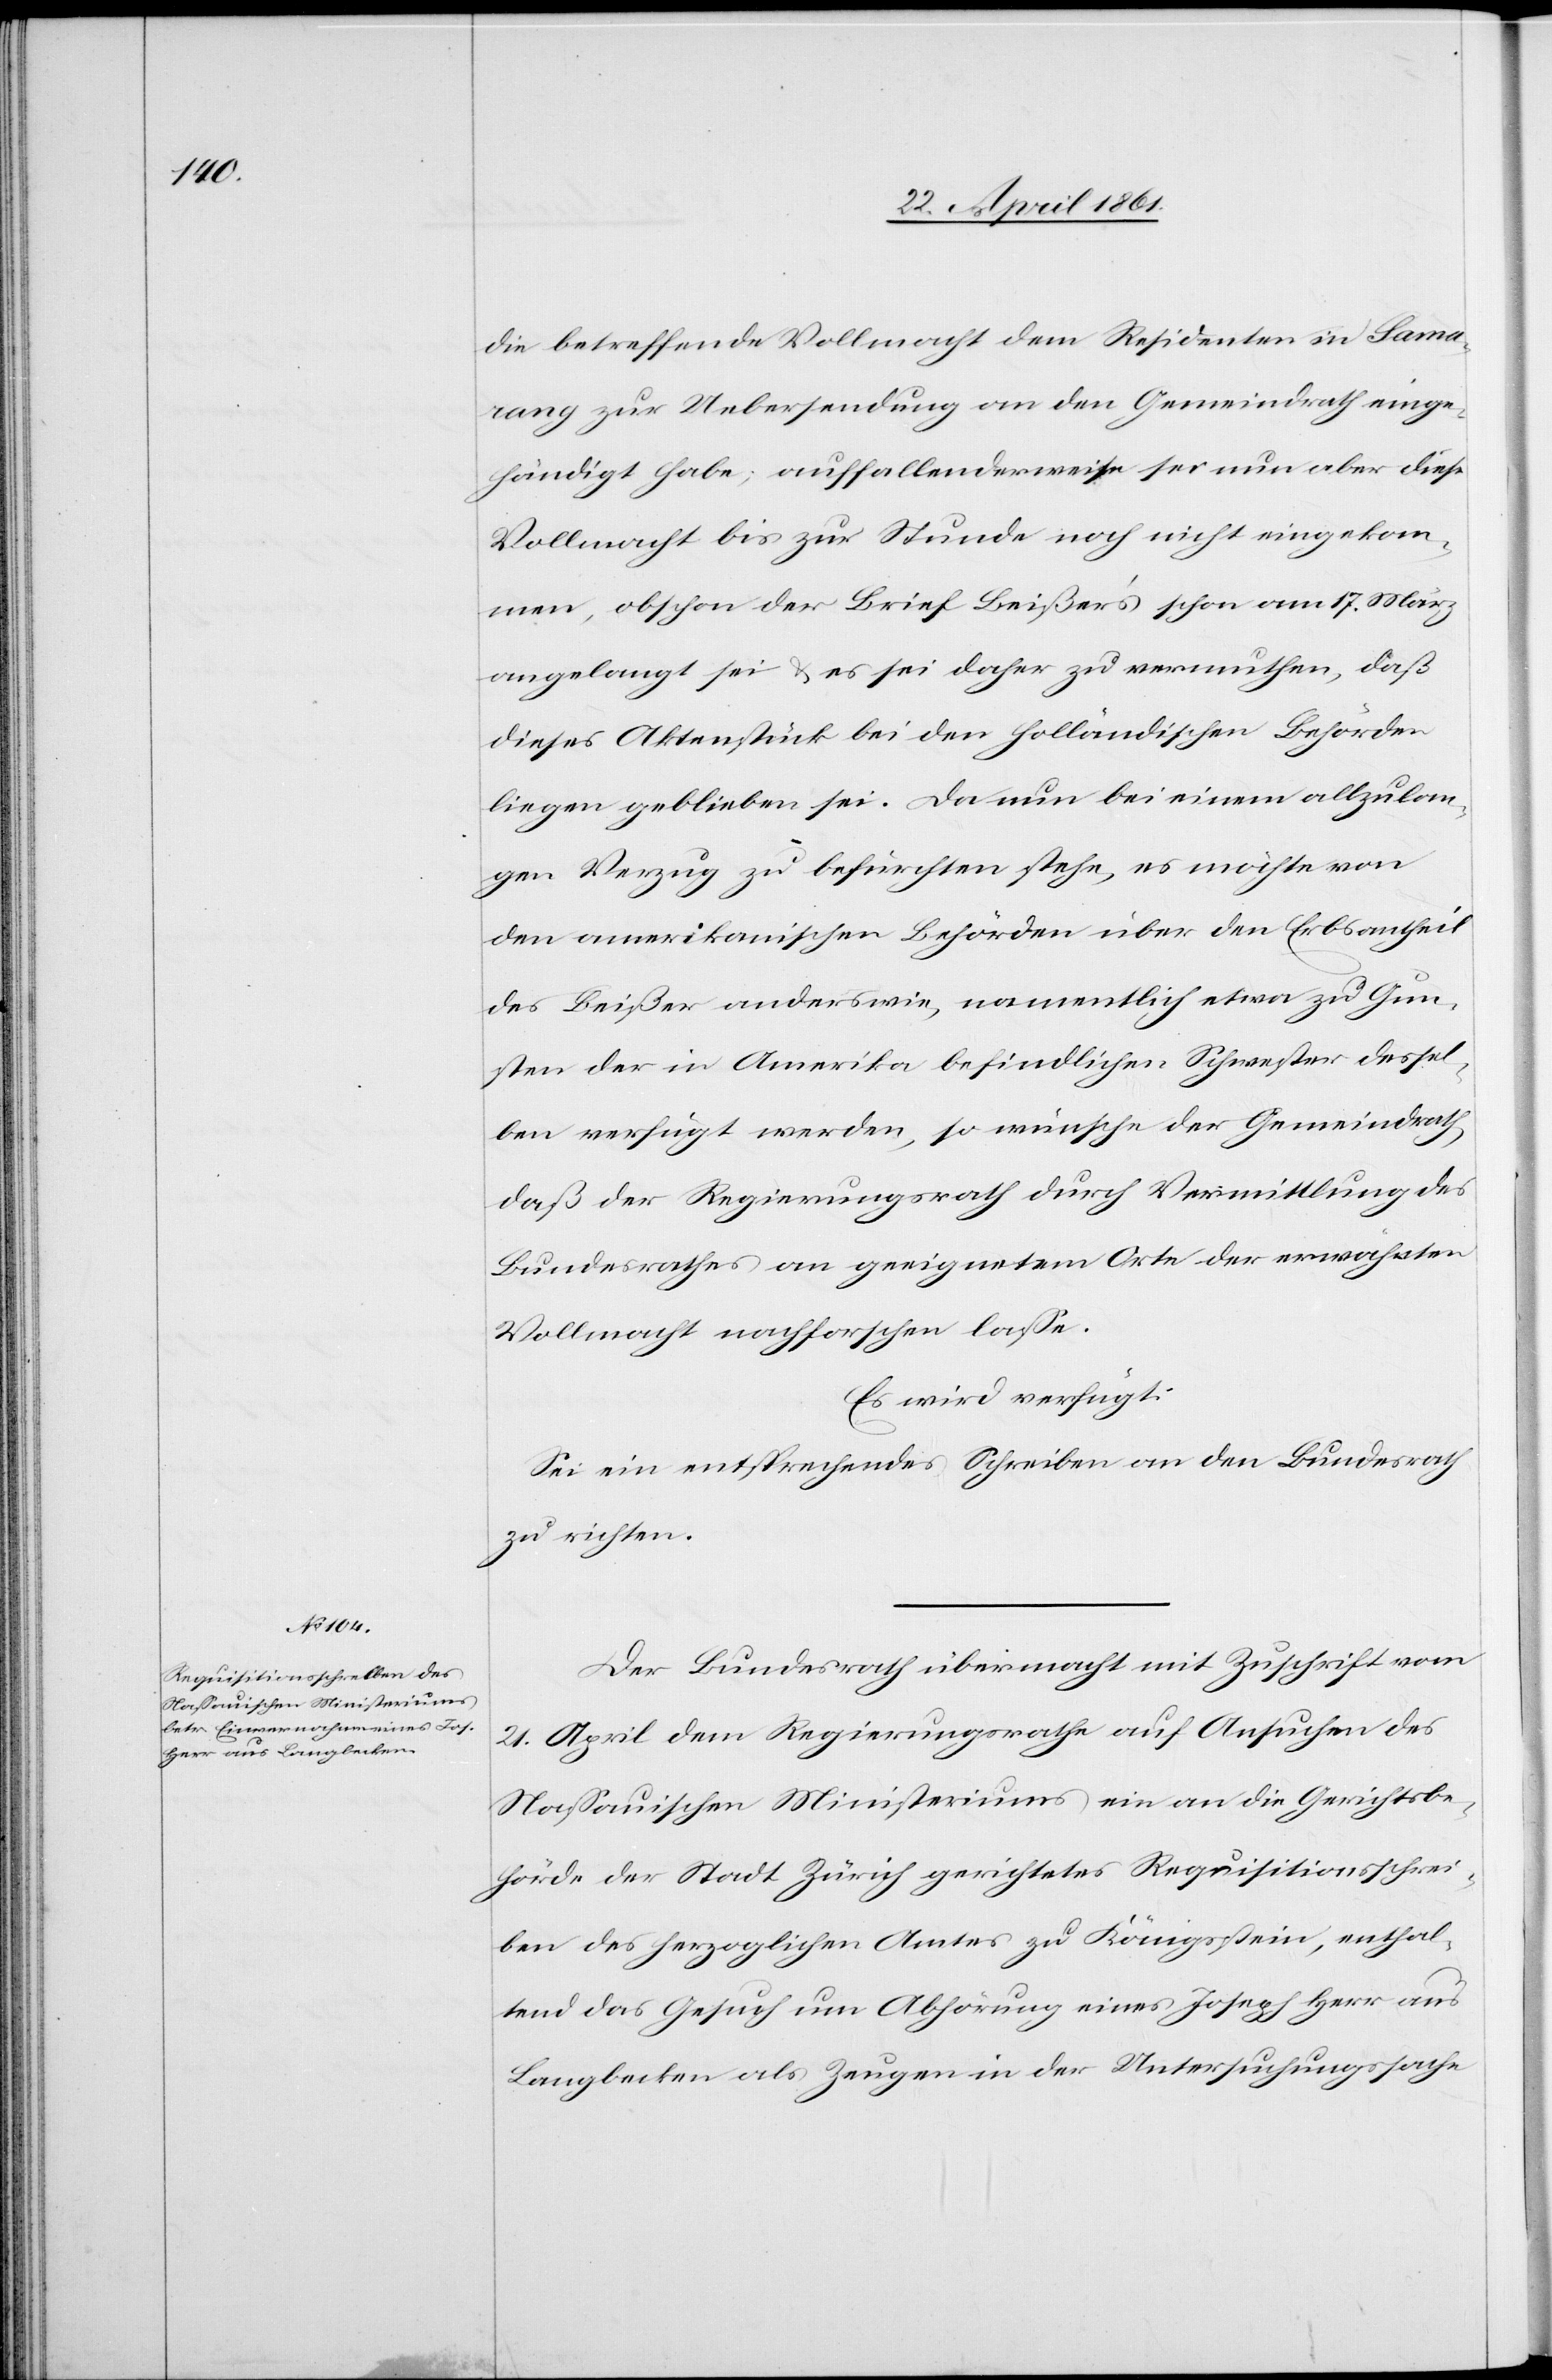
24. April 1861.]
die betreffende Vollmacht dem Residenten in Sama¬
rang zur Uebersendung an den Gemeindrath einge¬
händigt habe; auffallenderweise sei nun aber diese
Vollmacht bis zur Stunde noch nicht eingekom¬
men, obschon der Brief Beißer’s schon am 17. März
angelangt sei u. es sei daher zu vermuthen, daß
dieses Aktenstück bei den holländischen Behörden
liegen geblieben sei. Da nun bei einem allzulan¬
gen Verzug zu befürchten stehe, es möchte von
den amerikanischen Behörden über den Erbsantheil
des Beißer anderswie, namentlich etwa zu Gun¬
sten der in Amerika befindlichen Schwester dessel¬
ben verfügt werden, so wünsche der Gemeindrath,
daß der Regierungsrath durch Vermittlung des
Bundesrathes an geeignetem Orte der erwähnten
Vollmacht nachforschen lasse.
Es wird verfügt:
Sei ein entsprechendes Schreiben an den Bundesrath
zu richten.
Der Bundesrath übermacht mit Zuschrift vom
21. April dem Regierungsrathe auf Ansuchen des
Nassauischen Ministeriums ein an die Gerichtsbe¬
hörde der Stadt Zürich gerichtetes Requisitionsschrei¬
ben des herzoglichen Amtes zu Königsstein, enthal¬
tend das Gesuch um Abhörung eines Joseph Herr aus
Langbecken als Zeugen in der Untersuchungssache